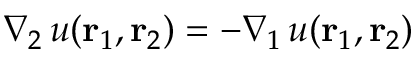
\nabla _ { 2 } \, u ( { \mathbf { r } _ { 1 } } , { \mathbf { r } _ { 2 } } ) = - \nabla _ { 1 } \, u ( { \mathbf { r } _ { 1 } } , { \mathbf { r } _ { 2 } } )